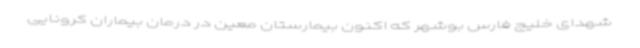
شهدای خلیج فارس بوشهر که اکنون بیمارستان معین در درمان بیماران کرونایی